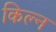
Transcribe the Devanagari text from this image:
किल्न